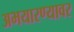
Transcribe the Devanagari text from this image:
अभयारण्यावर